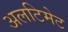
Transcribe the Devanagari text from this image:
अलटिमेट